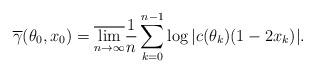
LaTeX: \begin{align*}\overline{\gamma}(\theta_0, x_0) = \overline{\lim \limits_{n \to \infty}} \frac1n \sum \limits_{k = 0}^{n-1} \log |c(\theta_k)(1-2x_k)|.\end{align*}